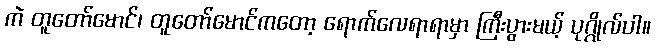
ကဲ တူတော်မောင်၊ တူတော်မောင်ကတော့ ရောက်လေရာရာမှာ ကြီးပွားမယ့် ပုဂ္ဂိုလ်ပါ။